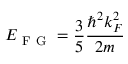
E _ { \mathrm { ~ F ~ G ~ } } = \frac { 3 } { 5 } \frac { \hbar ^ { 2 } k _ { F } ^ { 2 } } { 2 m }